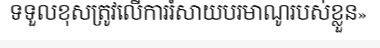
ទទួលខុសត្រូវលើការរំសាយបរមាណូរបស់ខ្លួន»